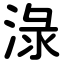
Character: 淥